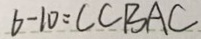
6 - 1 0 = C C B A C